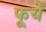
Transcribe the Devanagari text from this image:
फूर्यें